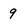
Character: 9